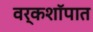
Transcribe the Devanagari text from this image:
वर्कशॉपात